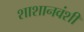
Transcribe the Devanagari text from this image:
शाशानवंशी